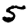
Digit: 5